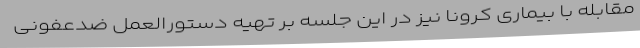
مقابله با بیماری کرونا نیز در این جلسه بر تهیه دستورالعمل ضدعفونی